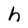
Character: h